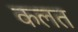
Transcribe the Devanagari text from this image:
कलत